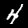
Digit: 4